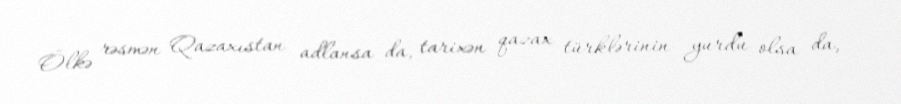
Ölkə rəsmən Qazaxıstan adlansa da, tarixən qazax türklərinin yurdu olsa da,